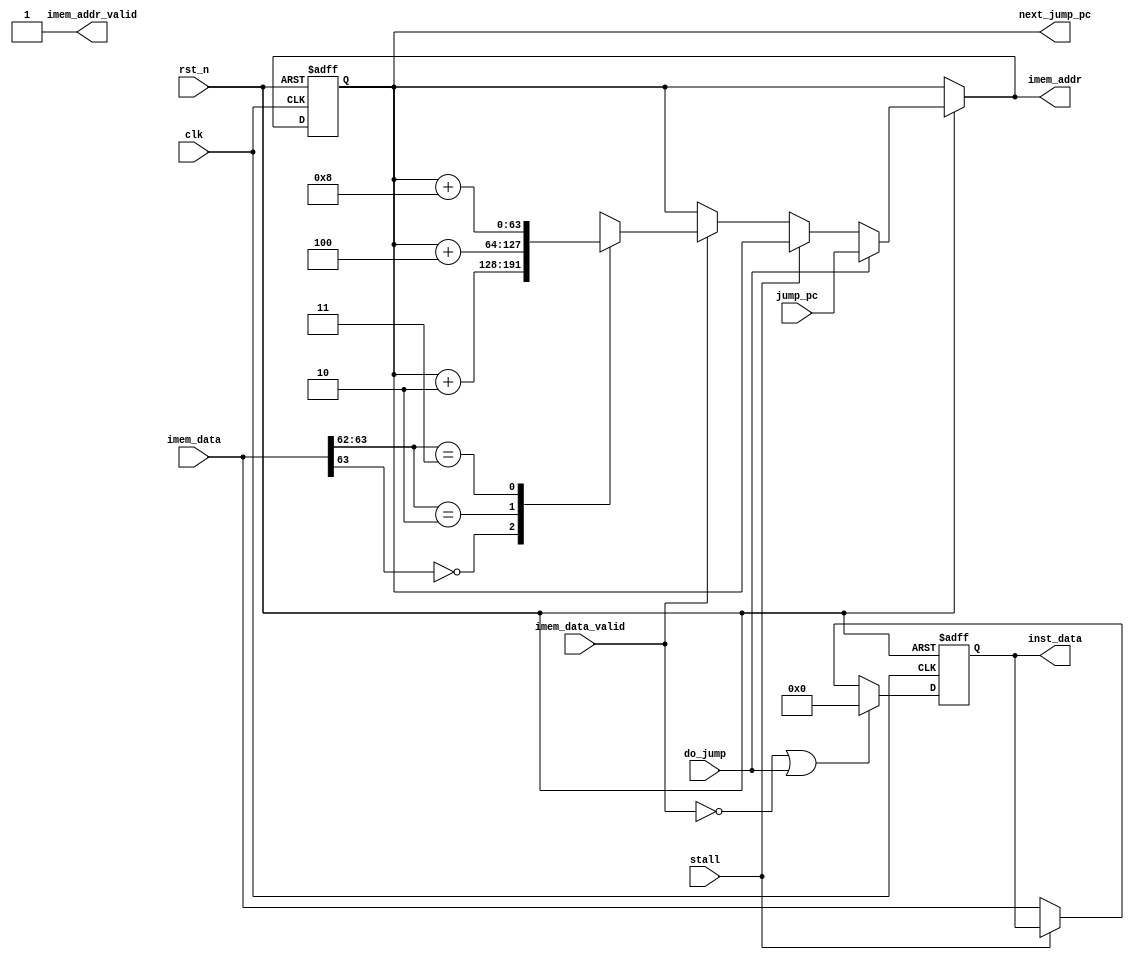
//Raisin64 - Fetch Module
module fetch(
    //# {{clocks|Clocking}}
    input clk,
    input rst_n,

    //# {{data|Memory Bus}}
    output[63:0] imem_addr,
    input[63:0] imem_data,

    //# {{control|Memory Bus Control}}
    input imem_data_valid,
    output imem_addr_valid,

    //# {{data|Pipeline Data}}
    output reg[63:0] inst_data,
    output[63:0] next_jump_pc,
    input[63:0] jump_pc,

    //# {{control|Pipeline Status}}
    input do_jump,
    input stall
    );

    //TODO Register type jumps can still get us off 16-bit boundries. Probably should just ignore the bottom bit

    reg[63:0] pc, next_pc, prev_pc;

    always @(posedge clk or negedge rst_n)
    begin
        if(~rst_n) prev_pc <= 64'h0;
        else prev_pc <= pc;
    end

    assign imem_addr = pc;

    //Becuase the PC is "ahead" by a cycle and the data leaving the fetch
    //module is "behind", our prev_pc will actually point at the next PC
    //for any associated jumps.
    assign next_jump_pc = prev_pc;

    reg[63:0] next_seq_pc;
    always @(*) begin
        casex(imem_data[63:62])
        2'b0x: next_seq_pc = prev_pc + 2;
        2'b10: next_seq_pc = prev_pc + 4;
        2'b11: next_seq_pc = prev_pc + 8;
        endcase
    end

    always @(*) begin
        pc = prev_pc;
        if(~rst_n); //Do nothing
        else if(do_jump) pc = jump_pc;
        else if(stall) pc = prev_pc;
        else if(imem_data_valid) pc = next_seq_pc;
    end

    reg[63:0] next_data;
    always @(*) begin
        next_data = inst_data;
        if(imem_data_valid) next_data = imem_data;
    end

    reg[63:0] prev_data;
    always @(posedge clk or negedge rst_n)
    begin
        if(~rst_n) begin
            inst_data <= 64'h0;
        end else begin
            if(~imem_data_valid | do_jump) inst_data <= 64'h0;
            else if(~stall) inst_data <= imem_data;
        end
    end

    assign imem_addr_valid = 1;

endmodule